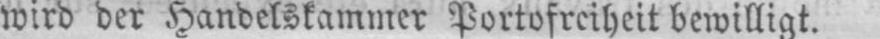
wird der Handelskammer Portofreiheit bewilligt.